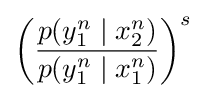
\left({\frac {p(y_{1}^{n}\mid x_{2}^{n})}{p(y_{1}^{n}\mid x_{1}^{n})}}\right)^{s}